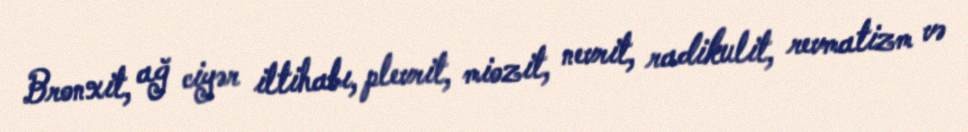
Bronxit, ağ ciyər iltihabı, plevrit, miozit, nevrit, radikulit, revmatizm və